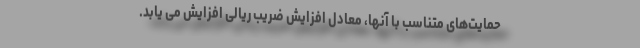
حمایت‌های متناسب با آنها، معادل افزایش ضریب ریالی افزایش می یابد.